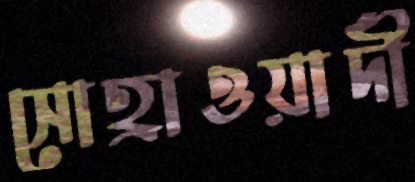
সোহ্রাওয়ার্দী